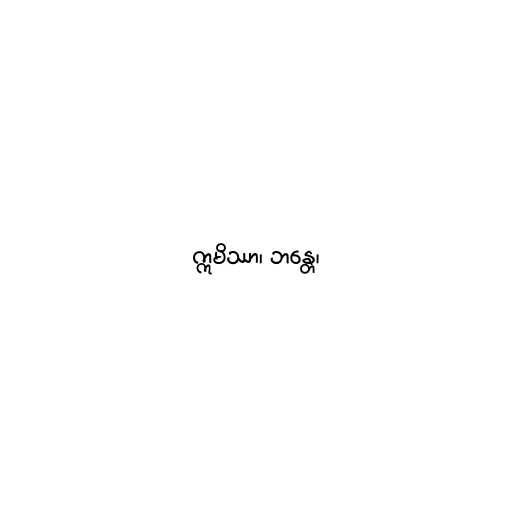
ဣမိဿာ၊ ဘန္တေ၊